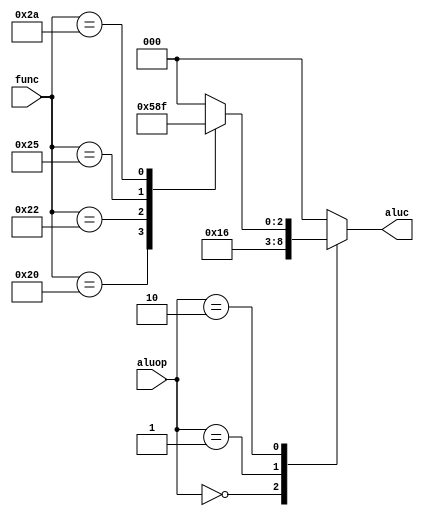
`timescale 1ns / 1ps
//////////////////////////////////////////////////////////////////////////////////
// Company: 
// Engineer: 
// 
// Design Name: 
// Module Name:    single_aluc 
// Project Name: 
// Target Devices: 
// Tool versions: 
// Description: 
//
// Dependencies: 
//
// Revision: 
// Revision 0.01 - File Created
// Additional Comments: 
//
//////////////////////////////////////////////////////////////////////////////////
module single_aluc(aluop, func, aluc);
    input [1:0] aluop;
    input [5:0] func;
    output [2:0] aluc;
	 reg [2:0] aluc;
	
	 always @(aluop or func) begin
		case (aluop)
			2'b00: begin
				aluc = 3'b010;        //lw | sw
			end
			2'b01: begin
				aluc = 3'b110;			 //beq
			end
			2'b10: begin
				case (func)
				  6'b100000: aluc=3'b010;
					6'b100010: aluc=3'b110;
					6'b100100: aluc=3'b000;
					6'b100101: aluc=3'b001;
					6'b101010: aluc=3'b111;

					default: aluc = 3'b000;
				endcase
			end
			default: begin
			    aluc=3'b000;
			end
		endcase
	end
endmodule